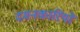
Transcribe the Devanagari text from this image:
दमनकारियों